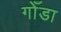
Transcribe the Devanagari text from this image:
गोँडा